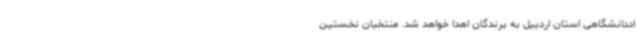
اددانشگاهی استان اردبیل به برندگان اهدا خواهد شد. منتخبان نخستین